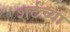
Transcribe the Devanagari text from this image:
शर्टच्या